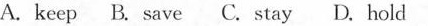
A. keep B. Save C. Stay D. Hold